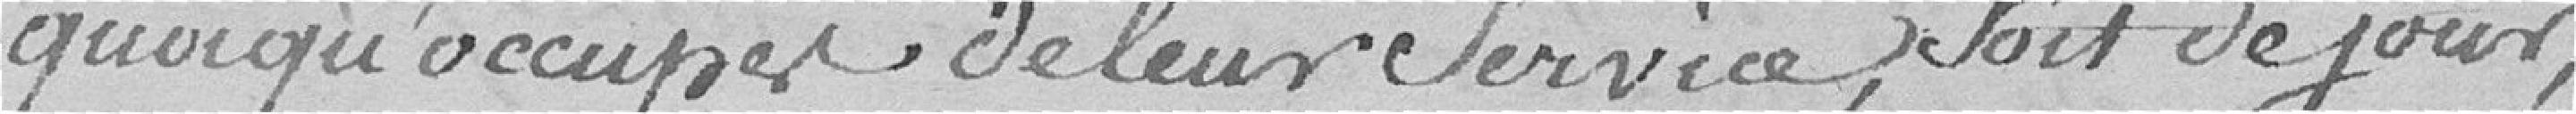
quoi qu'occupés de leur service, soit de jour,